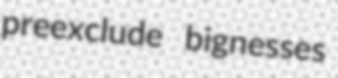
preexclude bignesses